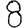
Digit: 8